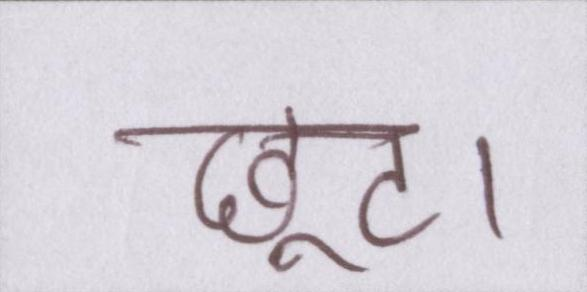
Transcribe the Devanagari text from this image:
छूट।